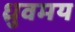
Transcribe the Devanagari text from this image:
ध्रुवमय